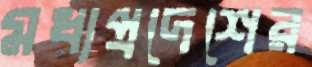
মধ্যপ্রদেশের